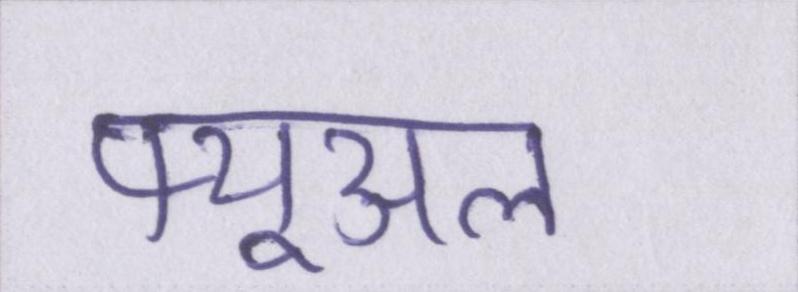
फ्यूअल